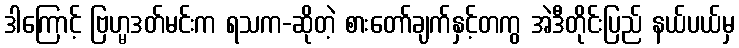
ဒါကြောင့် ဗြဟ္မဒတ်မင်းက ရသက-ဆိုတဲ့ စားတော်ချက်နှင့်တကွ အဲဒီတိုင်းပြည် နယ်ပယ်မှ